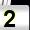
Digit: 2